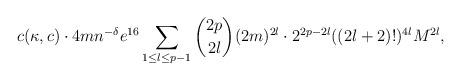
LaTeX: \begin{align*} c(\kappa,c) \cdot 4m n^{-\delta}e^{16}\sum_{1 \leq l \leq p-1}{\binom{2p}{2l}(2m)^{2l}} \cdot 2^{2p-2l}((2l+2)!)^{4l}M^{2l},\end{align*}